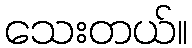
သေးတယ်။